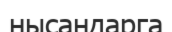
нысандарга